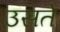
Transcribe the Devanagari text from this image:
उसते